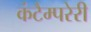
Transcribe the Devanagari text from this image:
कंटैम्परेरी